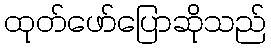
ထုတ်ဖော်ပြောဆိုသည်